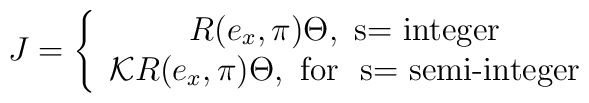
J=\left\{ \begin{array}{c}R(e_{x},\pi )\Theta ,\mbox{ s= integer} \\ {\cal K}R(e_{x},\pi )\Theta ,\mbox{ for~ s= semi-integer}\end{array}\right.